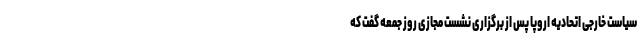
سیاست خارجی اتحادیه اروپا پس از برگزاری نشست مجازی روز جمعه گفت که